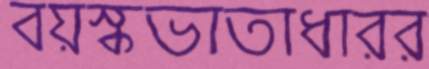
বয়স্কভাতাধারর